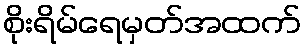
စိုးရိမ်ရေမှတ်အထက်